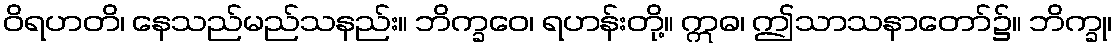
ဝိရဟတိ၊ နေသည်မည်သနည်း။ ဘိက္ခဝေ၊ ရဟန်းတို့။ ဣဓ၊ ဤသာသနာတော်၌။ ဘိက္ခု၊